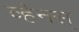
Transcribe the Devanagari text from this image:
व्हेनस्